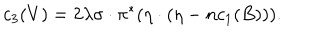
c _ { 3 } ( V ) = 2 \lambda \sigma \cdot \pi ^ { * } ( \eta \cdot ( \eta - n c _ { 1 } ( B ) ) ) .